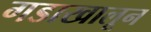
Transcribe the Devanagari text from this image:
गडाखालून